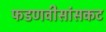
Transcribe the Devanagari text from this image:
फडणवीसांसकट